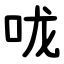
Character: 咙